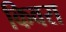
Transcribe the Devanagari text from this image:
किवरा